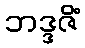
ဘဒ္ဒဇိံ